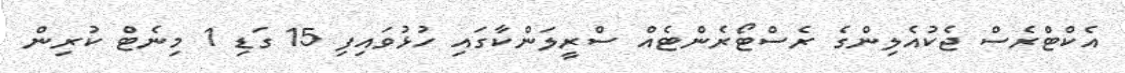
އެކްޓްރެސް ޖެކުއެލިންގެ ރެސްޓޯރެންޓެއް ސްރީލަންކާގައި ހުޅުވައިފި 15 ގަޑި 1 މިނެޓް ކުރިން